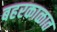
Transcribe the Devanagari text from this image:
बहरकाळात